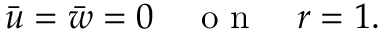
\Bar { u } = \bar { w } = 0 \quad \mathrm { ~ o ~ n ~ } \quad r = 1 .